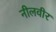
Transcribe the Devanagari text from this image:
नीलवीर